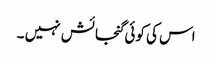
اس کی کوئی گنجائش نہیں ۔